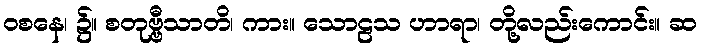
ဝစနေ၊ ၌။ စတုဗ္ဗီသာတိ၊ ကား။ သောဠသ ဟာရာ၊ တို့လည်းကောင်း။ ဆ